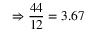
\Rightarrow \frac { 4 4 } { 1 2 } = 3 . 6 7